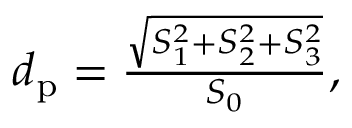
\begin{array} { r } { d _ { \mathrm { p } } = \frac { \sqrt { S _ { 1 } ^ { 2 } + S _ { 2 } ^ { 2 } + S _ { 3 } ^ { 2 } } } { S _ { 0 } } , } \end{array}